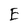
Character: E